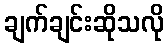
ချက်ချင်းဆိုသလို